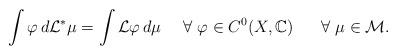
LaTeX: \begin{align*} \int \varphi \, d{\mathcal L}^* \mu = \int {\mathcal L} \varphi \, d \mu \ \ \ \ \forall \ \varphi \in C^0(X, \mathbb{C}) \ \ \ \ \ \forall \ \mu \in {\mathcal M}.\end{align*}